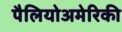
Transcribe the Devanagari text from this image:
पैलियोअमेरिकी